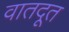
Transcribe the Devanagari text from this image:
वातदूत